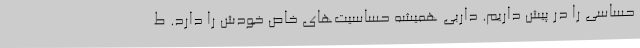
حساسی را در پیش داریم. داربی همیشه حساسیت‌های خاص خودش را دارد. ط